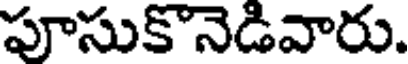
పూసుకొనెడివారు.